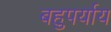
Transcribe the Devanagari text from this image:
बहुपर्याय